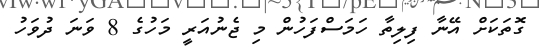
ގޮތަކަށް އޭނާ ފިލިތާ ހަމަސްފަހުން މި ޖެނުއަރީ މަހުގެ 8 ވަނަ ދުވަހު